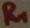
Text: R1